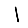
Digit: 1